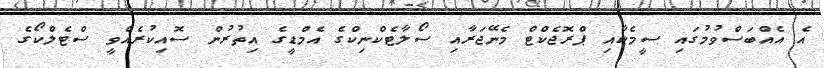
އެ އެއްބަސްވުމުގައި ސީމެކާއި ޕްރޮޖެކްޓް މެނޭޖަރާއި ސޯލާޓެކްނިކްގެ އެމްޑީގެ އިތުރުން ސޮއިކުރެއްވީ ސްޓެލްކޯގެ